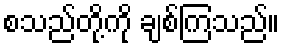
စသည်တို့ကို ချစ်ကြသည်။